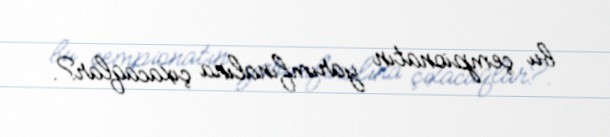
bu çempionatın yarımfinalına çıxacaqlar?.